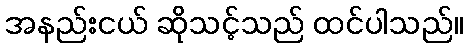
အနည်းငယ် ဆိုသင့်သည် ထင်ပါသည်။